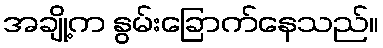
အချို့က နွမ်းခြောက်နေသည်။